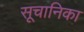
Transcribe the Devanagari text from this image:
सूचानिका